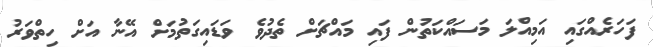
ފަހަރެއްގައި އަމިއްލަ މަސައްކަތުން ފައި މައްޗަށް ތެދުވެ ވަޑައިގަތުމަށް އޭނާ އަށް ހިތްވަރު